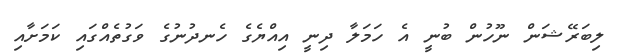
ލިބަރޭޝަން ނޫހުން ބުނީ އެ ހަމަލާ ދިނީ އިއްޔެގެ ހެނދުނުގެ ވަގުތެއްގައި ކަމަށާއި